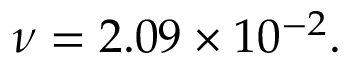
\nu = 2 . 0 9 \times 1 0 ^ { - 2 } .